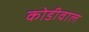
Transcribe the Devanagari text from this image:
कोडीवाल